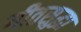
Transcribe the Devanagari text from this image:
गीतसुद्धा